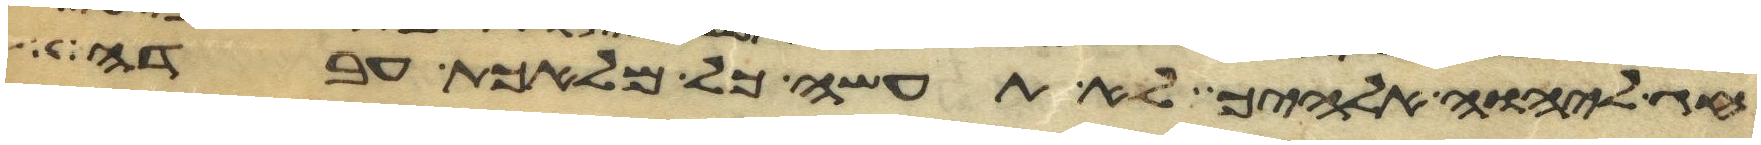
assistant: חג ליהוה אלהיך לא תעשה כל מלאכת עבדה